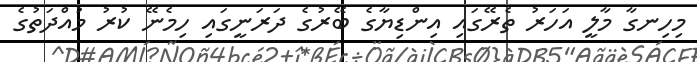
މިހިނގާ މާލީ އަހަރު ތެރޭގައި އިންޑިޔާގެ ބޭރުގެ ދަރަނީގައި ހިމެނޭ ކުރު މުއްދަތުގެ